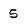
Character: 5